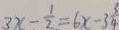
3 x - \frac { 1 } { 2 } = 6 x - 3 \frac { 5 } { 4 }